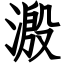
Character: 溵